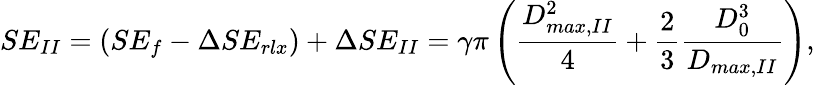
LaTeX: SE_{II}=(SE_{f}-\Delta SE_{rlx})+\Delta SE_{II}=\gamma\pi\left(\frac{D_{max,II}^{2}}{4}+\frac 23\frac{D_{0}^{3}}{D_{max,II}}\right),